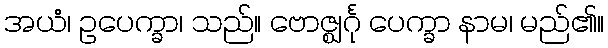
အယံ၊ ဥပေက္ခာ၊ သည်။ ဗောဇ္ဈင်္ဂု ပေက္ခာ နာမ၊ မည်၏။